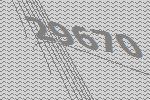
29670